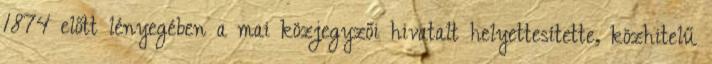
1874 előtt lényegében a mai közjegyzői hivatalt helyettesítette, közhitelű